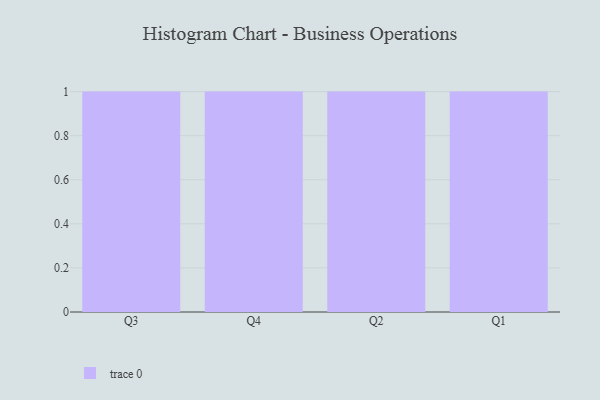
{"axis": {"x": "Quarter", "y": "Satisfaction Score"}, "legend": [""], "data": [{"x": "Q3", "y": 61, "type": ""}, {"x": "Q4", "y": 61, "type": ""}, {"x": "Q2", "y": 14, "type": ""}, {"x": "Q1", "y": 84, "type": ""}]}